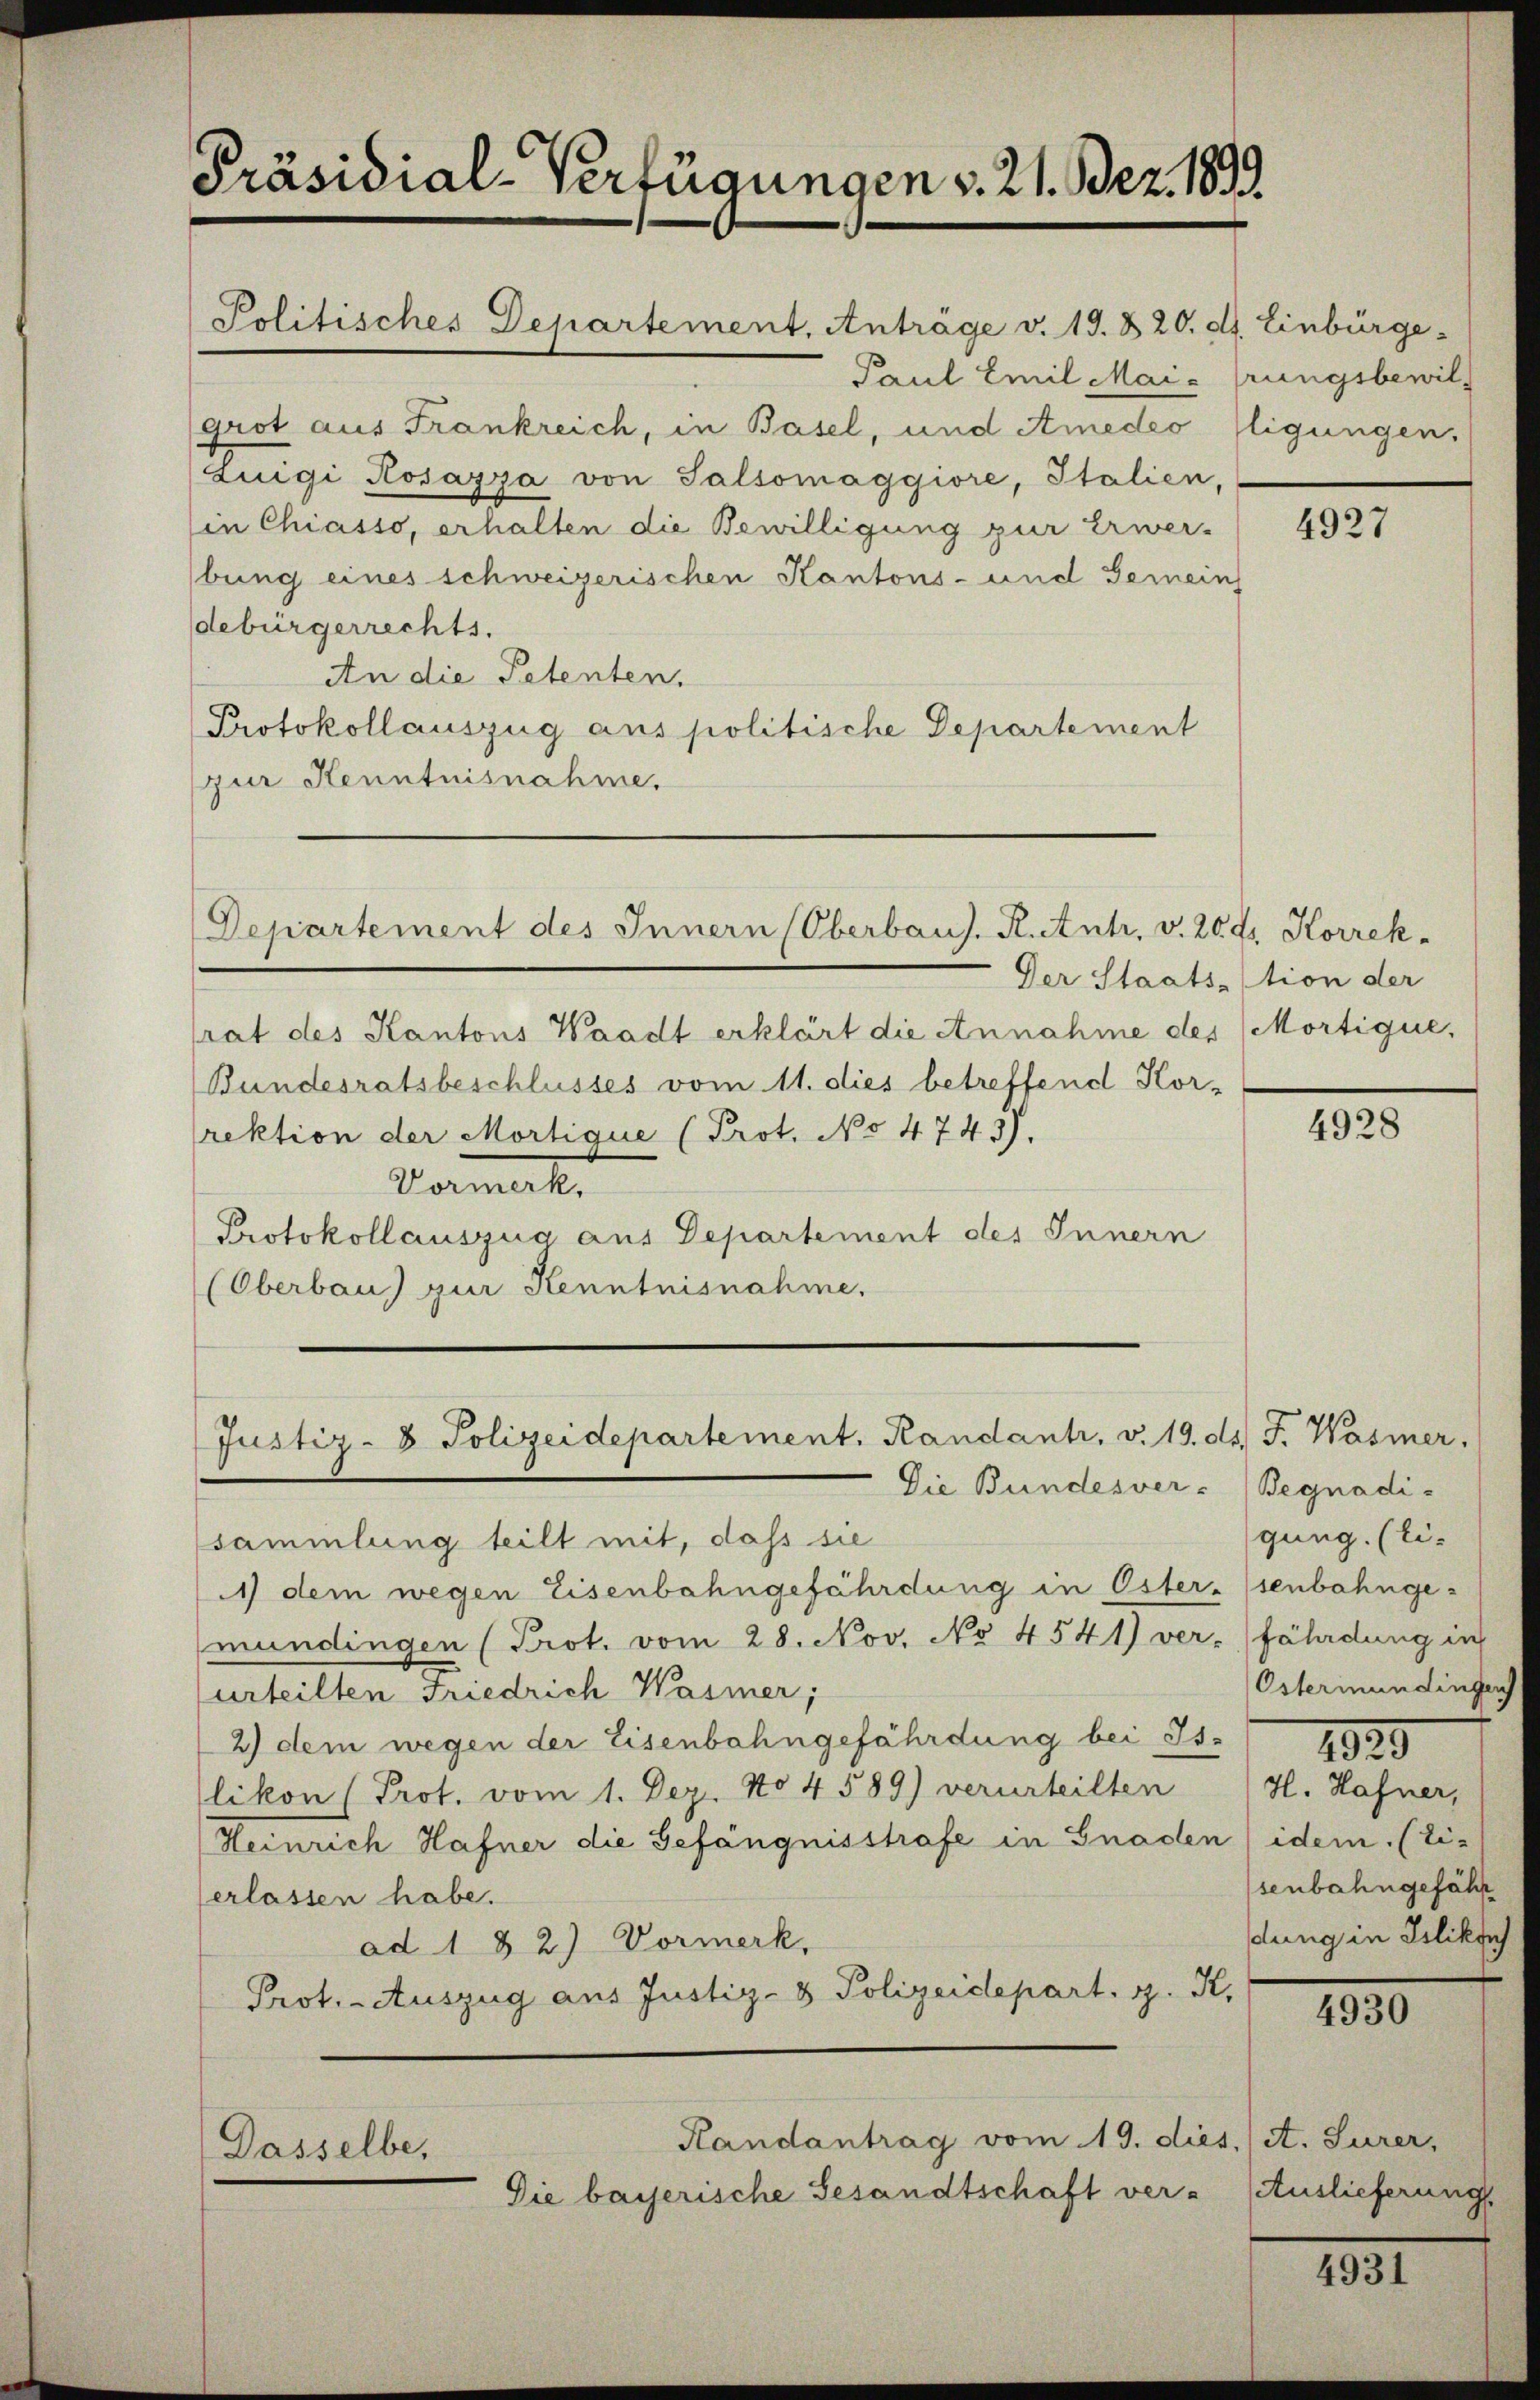
Präsidial-Verfügungen v. 21. Bez. 1890.

srat des Kantons Waadt erklärt die Annahme der (Mortique,
(Bundesratsbeschlusses vom 11. dies betreffend Kor-
rektion der Mortigue (Prot. No 4743).
Vormerk
Protokollauszug aus Departement des Innern
(Oberbau) zur Kenntnisnahme.

Politisches Departement. Anträge v. 19. & 20. d. Einbürge
Paul Emil Mai- Prungsbewil¬
Grot aus Frankreich, in Basel, und Amedeo fligungen,
Zuigi Rosazza von Salsomaggiore, Italien,
in Chiasso, erhalten die Bewilligung zur Erwer-
bung eines schweizerischen Kantons- und Gemeins
debürgerrechts.
An die Petenten.
Protokollauszug aus politische Departement
zur Kenntnisnahme.

Departement des Innern (Oberbaus, Renti, v. 20 gr. Korrek¬

Justiz- & Polizeidepartement. Randant, v. 19. ds. F. Wasmer,

Dasselbe,

Handantrag vom 19. dies, A. Surer,
Die bayerische Gesandtschaft ver¬

Die Bundesvers
sammlung teilt mit, daß sie
1) dem wegen Eisenbahngefährdung in Öster. (senbahnge-
mündingen (Prot. vom 28. Nov. No 4541) verfährdung in
urteilten Friedrich Wasmer;
2) dem wegen der Eisenbahngefährdung bei Islikon (Prot. vom 1. Dez. No 4589) verurteilten
Heinrich Hafner die Gefängnisstrafe in Gnaden
erlassen habe.
ad 1 § 2) Vormerk
Prot. - Auszug aus Justiz- & Polizeidepart, z. K.

4927

Der Staats-stion der

4928

Begnadigung. (Ei-
Österimundingen

1920

H. Hafner,
idem (Ei-
senbahngefähr
dung in Islikfu

4930

Auslieferung

1831